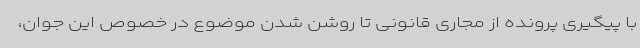
با پیگیری پرونده از مجاری قانونی تا روشن شدن موضوع در خصوص این جوان،